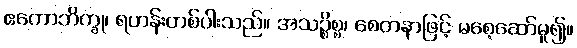
ဧကောဘိက္ခု၊ ရဟန်းတစ်ပါးသည်။ အသဉ္စိစ္စ၊ စေတနာဖြင့် မစေ့ဆော်မူ၍။